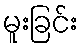
မူးခြင်း